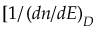
[ 1 / \left( d n / d E \right) _ { D }